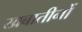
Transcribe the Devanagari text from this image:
खबातीनों